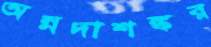
অন্নদাশঙ্কর